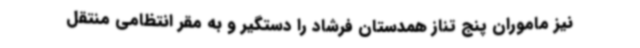
نیز ماموران پنج تناز همدستان فرشاد را دستگیر و به مقر انتظامی منتقل